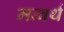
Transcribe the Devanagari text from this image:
मन्वर्थ